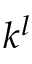
k ^ { l }